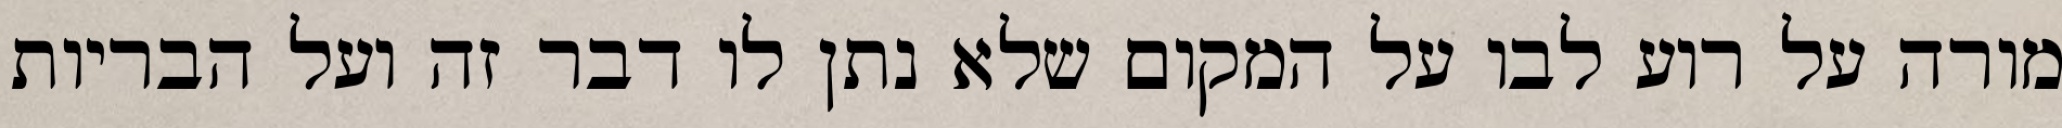
מורה על רוע לבו על המקום שלא נתן לו דבר זה ועל הבריות